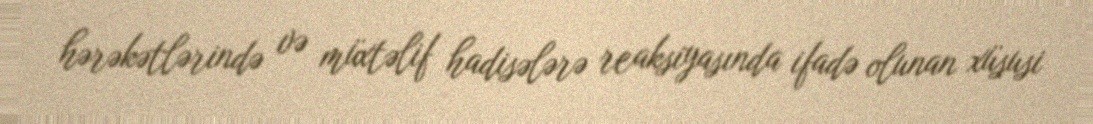
hərəkətlərində və müxtəlif hadisələrə reaksiyasında ifadə olunan xüsusi